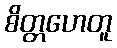
စိတ္တဟေတူ